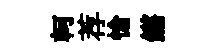
軻荐愴鏘